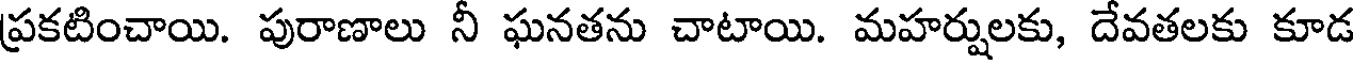
ప్రకటించాయి. పురాణాలు నీ ఘనతను చాటాయి. మహర్షులకు, దేవతలకు కూడ